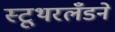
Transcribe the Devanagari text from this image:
स्टूथरलँडने